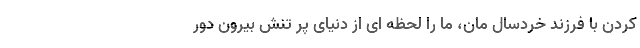
کردن با فرزند خردسال مان، ما را لحظه ای از دنیای پر تنش بیرون دور